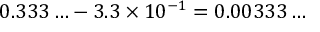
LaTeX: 0 . 3 3 3 \ldots - 3 . 3 \times 1 0 ^ { - 1 } = 0 . 0 0 3 3 3 \ldots